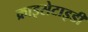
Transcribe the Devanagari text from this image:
क्राइसेटाइडी